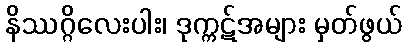
နိဿဂ္ဂိလေးပါး၊ ဒုက္ကဋ်အများ မှတ်ဖွယ်